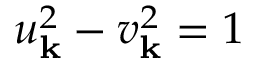
u _ { \bf k } ^ { 2 } - v _ { \bf k } ^ { 2 } = 1